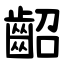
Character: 齠